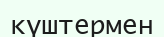
күштермен